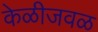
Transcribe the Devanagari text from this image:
केळीजवळ